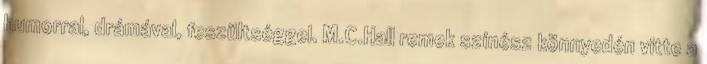
humorral, drámával, feszültséggel. M.C.Hall remek színész könnyedén vitte a